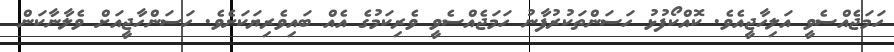
ހަމަޖެއްސެވީ އަލިހާޖީއެވެ. ކޮއްކޯފުޅު ހަސަންތަކުރުފާނު ހަމަޖެއްސެވީ ވެރިކަމުގެ އެއް ބައިވެރިޔަކަށެވެ. ހަސަންހާޖީއަށް ވެލާނާާކަން